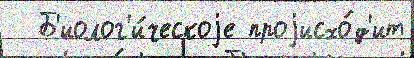
  Б'иолог'и́ческоjе проjисхо́д'ит